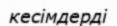
кесімдерді